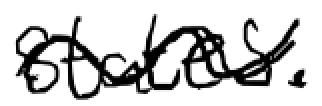
Text: States.
Cross-out: wave
Writing tool: digital_black